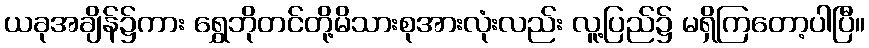
ယခုအချိန်၌ကား ရွှေဘိုတင်တို့မိသားစုအားလုံးလည်း လူ့ပြည်၌ မရှိကြတော့ပါပြီ။